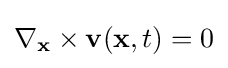
\nabla _{\mathbf {x} }\times \mathbf {v} (\mathbf {x} ,t)=0